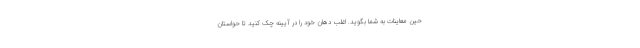
حین معاینات به شما بگوید. اغلب دهان خود را در آیینه چک کنید تا حواستان